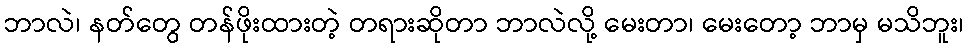
ဘာလဲ၊ နတ်တွေ တန်ဖိုးထားတဲ့ တရားဆိုတာ ဘာလဲလို့ မေးတာ၊ မေးတော့ ဘာမှ မသိဘူး၊